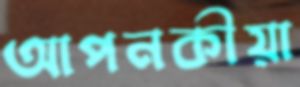
আপনকীয়া